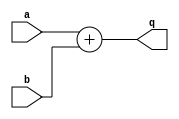
module adder_22 (q,a,b );
input a,b;
output [1:0] q;
assign q =  a  + b;
endmodule